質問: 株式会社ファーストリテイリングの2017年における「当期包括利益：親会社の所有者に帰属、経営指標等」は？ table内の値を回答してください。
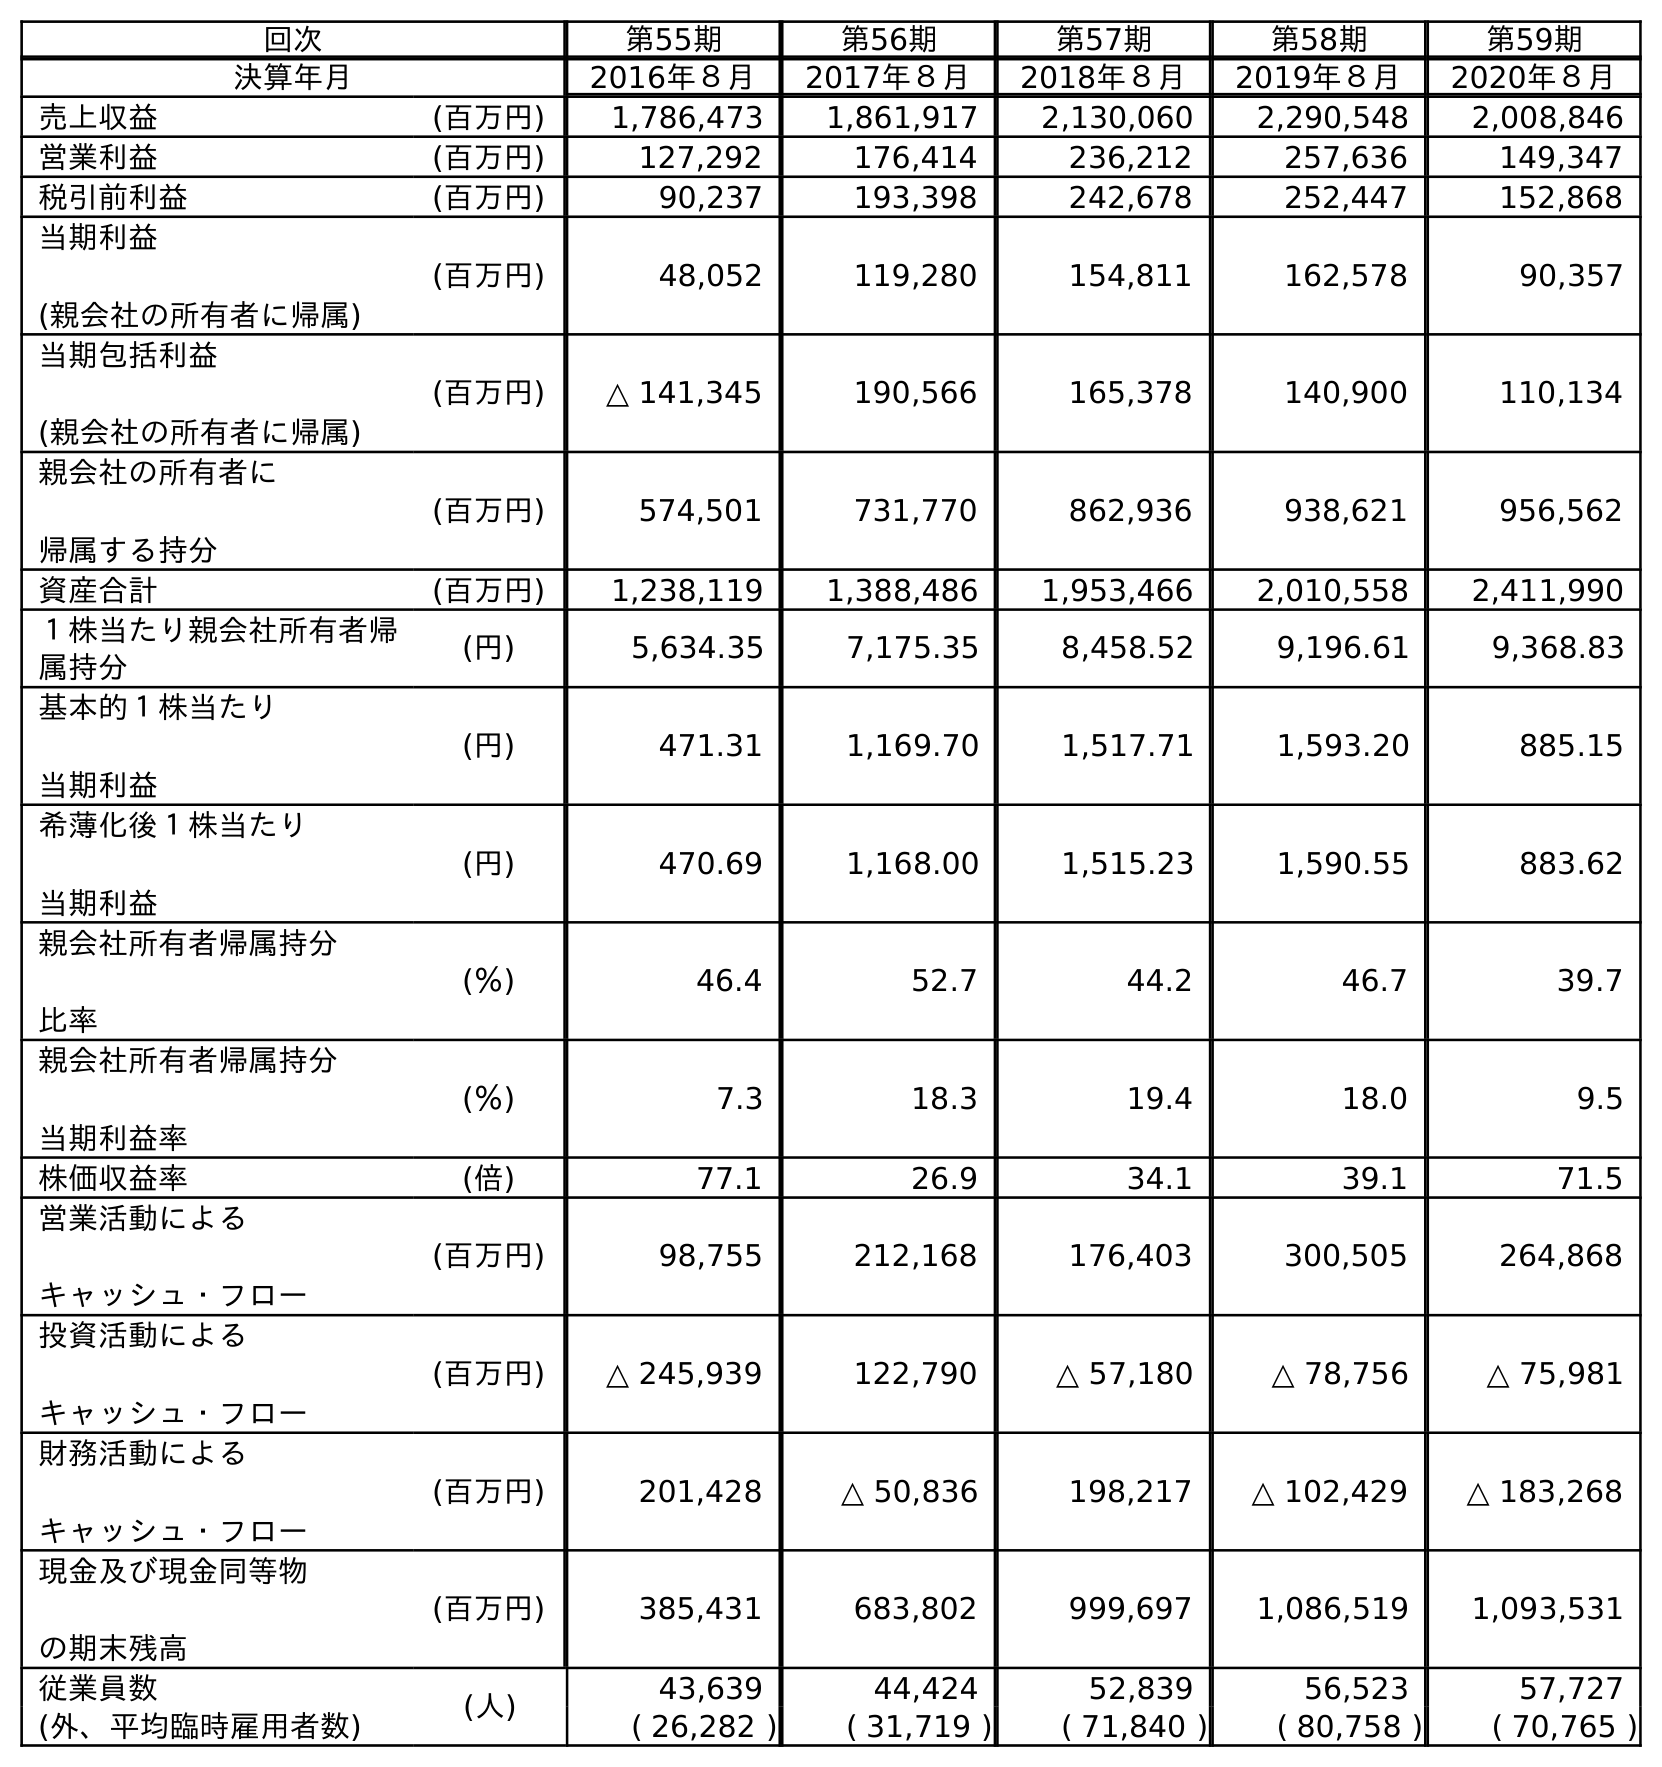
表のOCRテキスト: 回次 第55期 第56期 第57期 第58期 第59期 決算年月 2016年８月 2017年８月 2018年８月 2019年８月 2020年８月 売上収益 (百万円) 1,786,473 1,861,917 2,130,060 2,290,548 2,008,846 営業利益 (百万円) 127,292 176,414 236,212 257,636 149,347 税引前利益 (百万円) 90,237 193,398 242,678 252,447 152,868 当期利益 (親会社の所有者に帰属) (百万円) 48,052 119,280 154,811 162,578 90,357 当期包括利益 (親会社の所有者に帰属) (百万円) △ 141,345 190,566 165,378 140,900 110,134 親会社の所有者に 帰属する持分 (百万円) 574,501 731,770 862,936 938,621 956,562 資産合計 (百万円) 1,238,119 1,388,486 1,953,466 2,010,558 2,411,990 １株当たり親会社所有者帰 属持分 (円) 5,634.35 7,175.35 8,458.52 9,196.61 9,368.83 基本的１株当たり 当期利益 (円) 471.31 1,169.70 1,517.71 1,593.20 885.15 希薄化後１株当たり 当期利益 (円) 470.69 1,168.00 1,515.23 1,590.55 883.62 親会社所有者帰属持分 比率 (％) 46.4 52.7 44.2 46.7 39.7 親会社所有者帰属持分 当期利益率 (％) 7.3 18.3 19.4 18.0 9.5 株価収益率 (倍) 77.1 26.9 34.1 39.1 71.5 営業活動による キャッシュ・フロー (百万円) 98,755 212,168 176,403 300,505 264,868 投資活動による キャッシュ・フロー (百万円) △ 245,939 122,790 △ 57,180 △ 78,756 △ 75,981 財務活動による キャッシュ・フロー (百万円) 201,428 △ 50,836 198,217 △ 102,429 △ 183,268 現金及び現金同等物 の期末残高 (百万円) 385,431 683,802 999,697 1,086,519 1,093,531 従業員数 (人) 43,639 44,424 52,839 56,523 57,727 (外、平均臨時雇用者数) ( 26,282 ) ( 31,719 ) ( 71,840 ) ( 80,758 ) ( 70,765 )
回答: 190,566